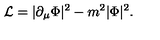
{ \cal L } = | \partial _ { \mu } \Phi | ^ { 2 } - m ^ { 2 } | \Phi | ^ { 2 } .